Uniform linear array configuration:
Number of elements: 4
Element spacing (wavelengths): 0.25
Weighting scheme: hann
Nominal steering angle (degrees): -30
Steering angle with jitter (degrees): -30.238
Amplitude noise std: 0.05
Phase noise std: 0.05

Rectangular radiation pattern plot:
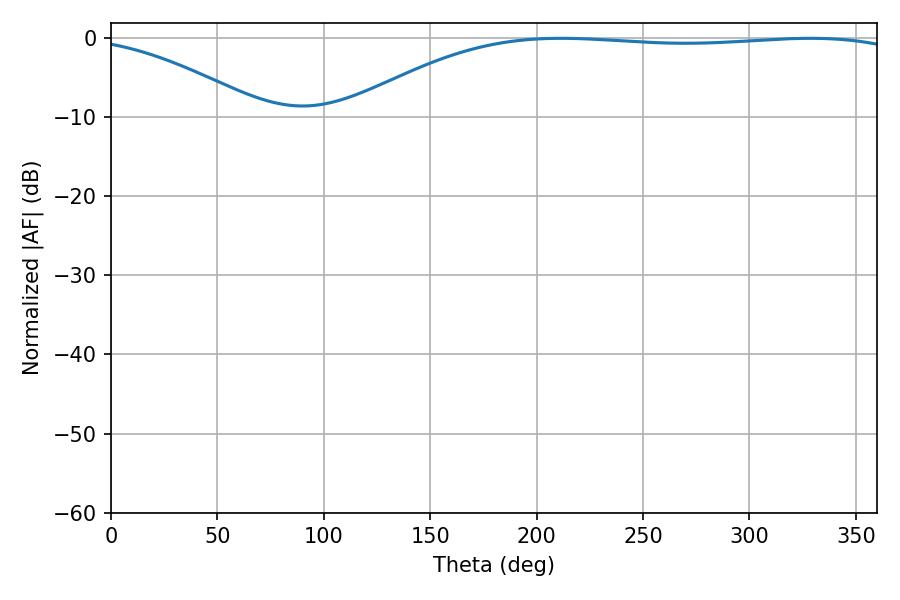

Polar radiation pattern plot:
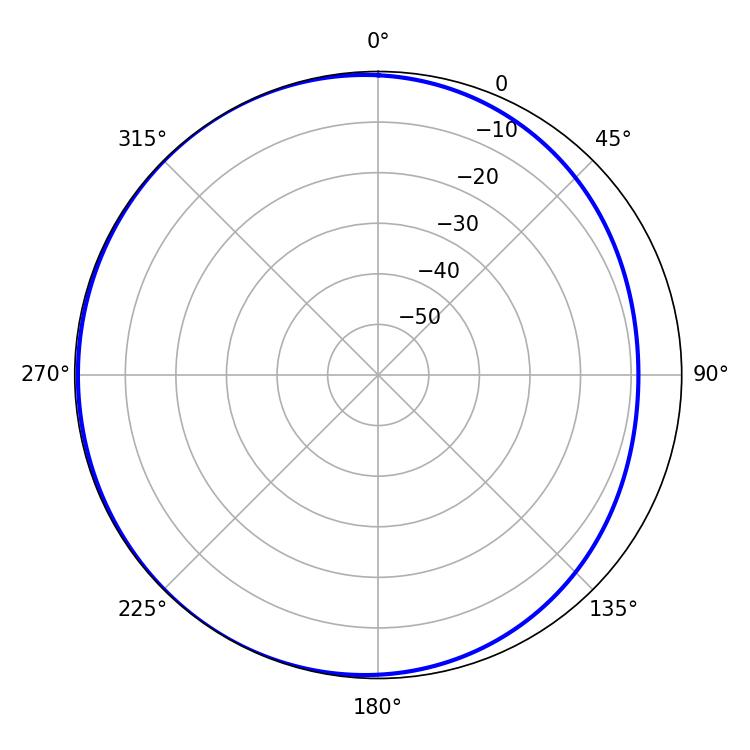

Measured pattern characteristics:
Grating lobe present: FALSE
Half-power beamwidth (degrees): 208.8
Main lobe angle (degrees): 211.5